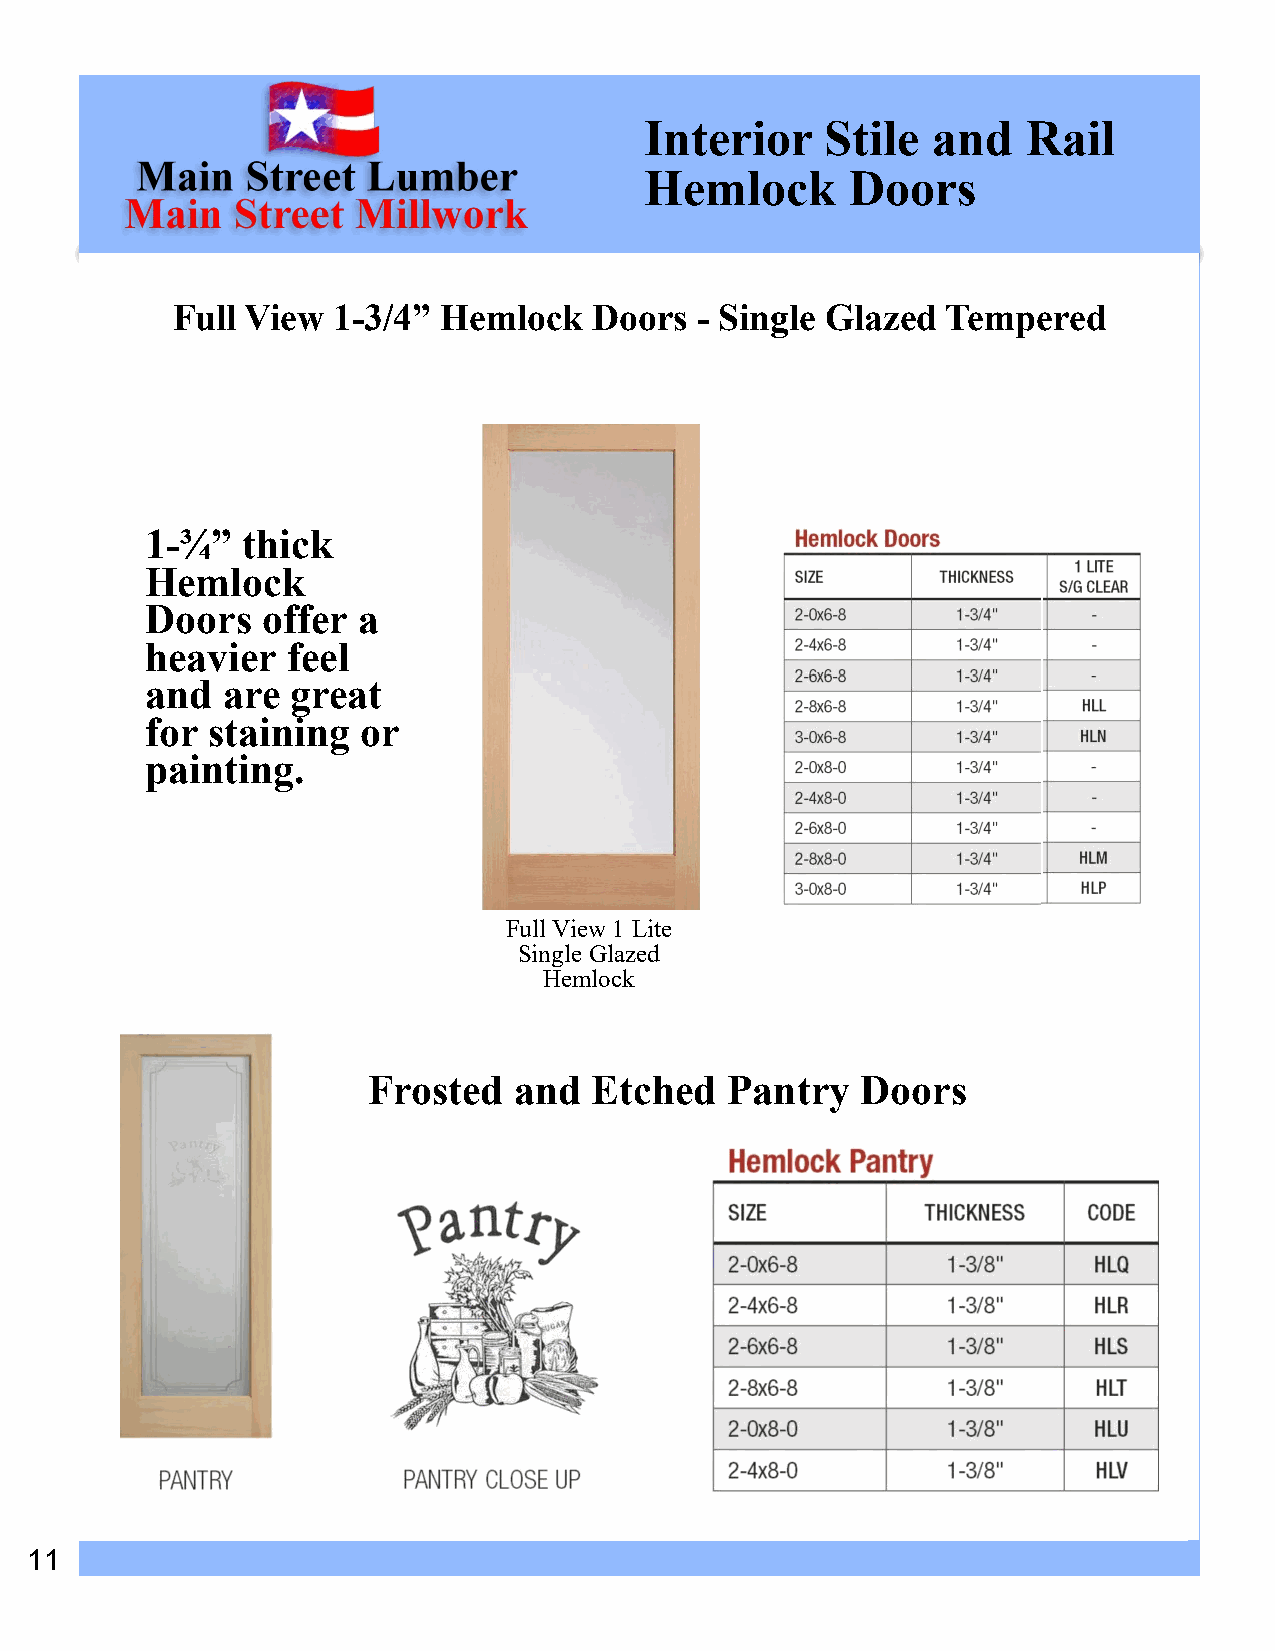
Interior    Stile  and   Rail
 Hemlock      Doors
 Full View  1-3/4” Hemlock   Doors  - Single Glazed  Tempered
 1-¾”  thick
 Hemlock
 Doors  offer  a
 heavier  feel
 and  are great
 for staining  or
 painting.
 Full View 1 Lite
 True Louvered   InterioSirng Dle Goloazresd
 Hemlock
 Frosted   and  Etched   Pantry   Doors
 11